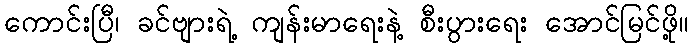
ကောင်းပြီ၊ ခင်ဗျားရဲ့ ကျန်းမာရေးနဲ့ စီးပွားရေး အောင်မြင်ဖို့။